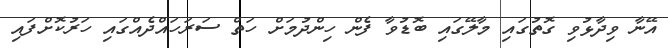
އޭނާ ވިދާޅުވި ގޮތުގައި މާލޭގައި ބޮޑުވާ ފެން ހިންދުމަށް ހަތް ސަރަހައްދެއްގައި ހަރުކޮށްފައި